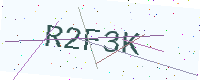
Text: R2F3K